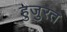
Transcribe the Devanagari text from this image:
हुजुरत